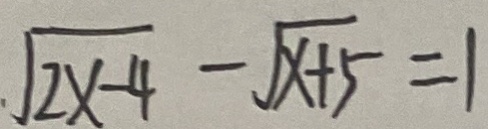
\sqrt { 2 x - 4 } - \sqrt { x + 5 } = 1